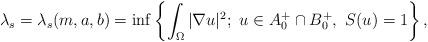
LaTeX: \begin{align*}\lambda_s=\lambda_s(m,a,b)=\inf \left\{ \int_{\Omega} |\nabla u|^2;\ u \in A_0^+ \cap B_0^+, \ S(u)=1\right\},\end{align*}